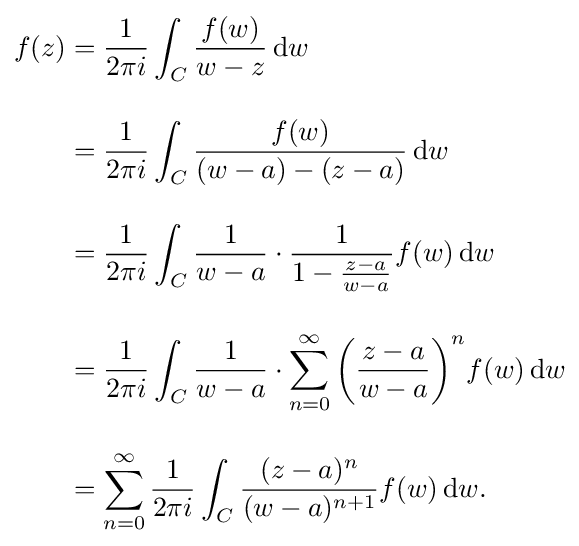
{\begin{aligned}f(z)&{}={1 \over 2\pi i}\int _{C}{f(w) \over w-z}\,\mathrm {d} w\\[10pt]&{}={1 \over 2\pi i}\int _{C}{f(w) \over (w-a)-(z-a)}\,\mathrm {d} w\\[10pt]&{}={1 \over 2\pi i}\int _{C}{1 \over w-a}\cdot {1 \over 1-{z-a \over w-a}}f(w)\,\mathrm {d} w\\[10pt]&{}={1 \over 2\pi i}\int _{C}{1 \over w-a}\cdot {\sum _{n=0}^{\infty }\left({z-a \over w-a}\right)^{n}}f(w)\,\mathrm {d} w\\[10pt]&{}=\sum _{n=0}^{\infty }{1 \over 2\pi i}\int _{C}{(z-a)^{n} \over (w-a)^{n+1}}f(w)\,\mathrm {d} w.\end{aligned}}